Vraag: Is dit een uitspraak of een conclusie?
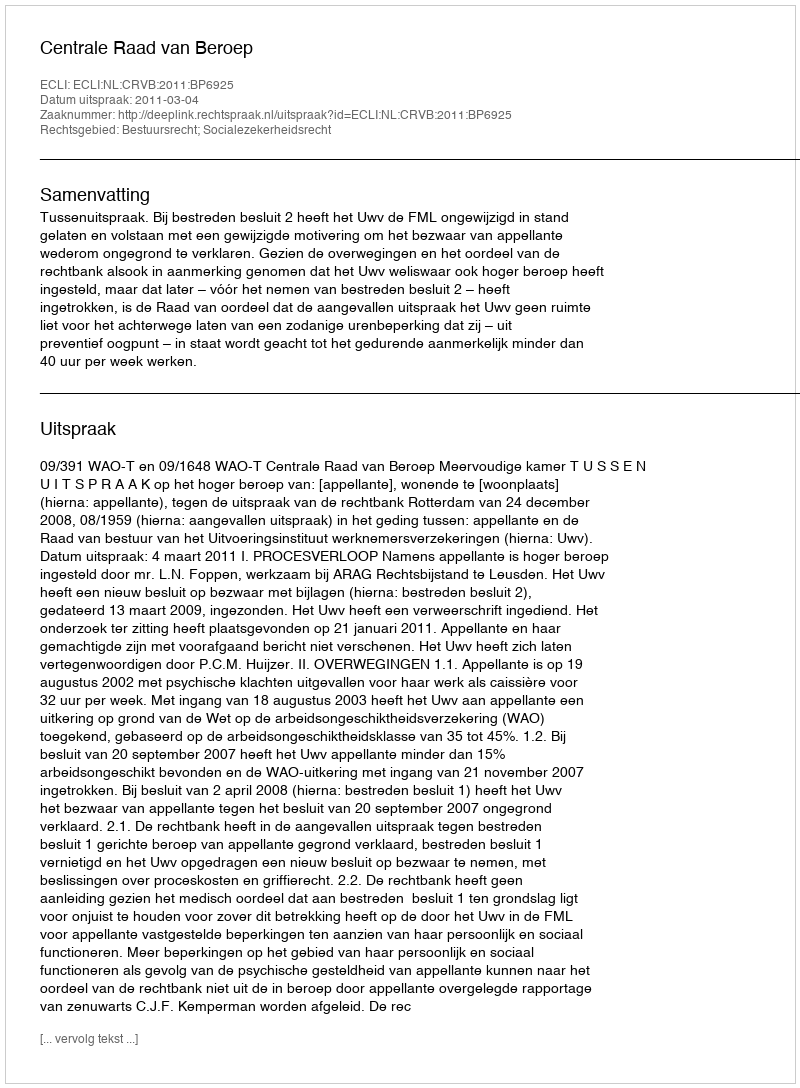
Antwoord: Uitspraak